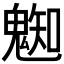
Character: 𩳦